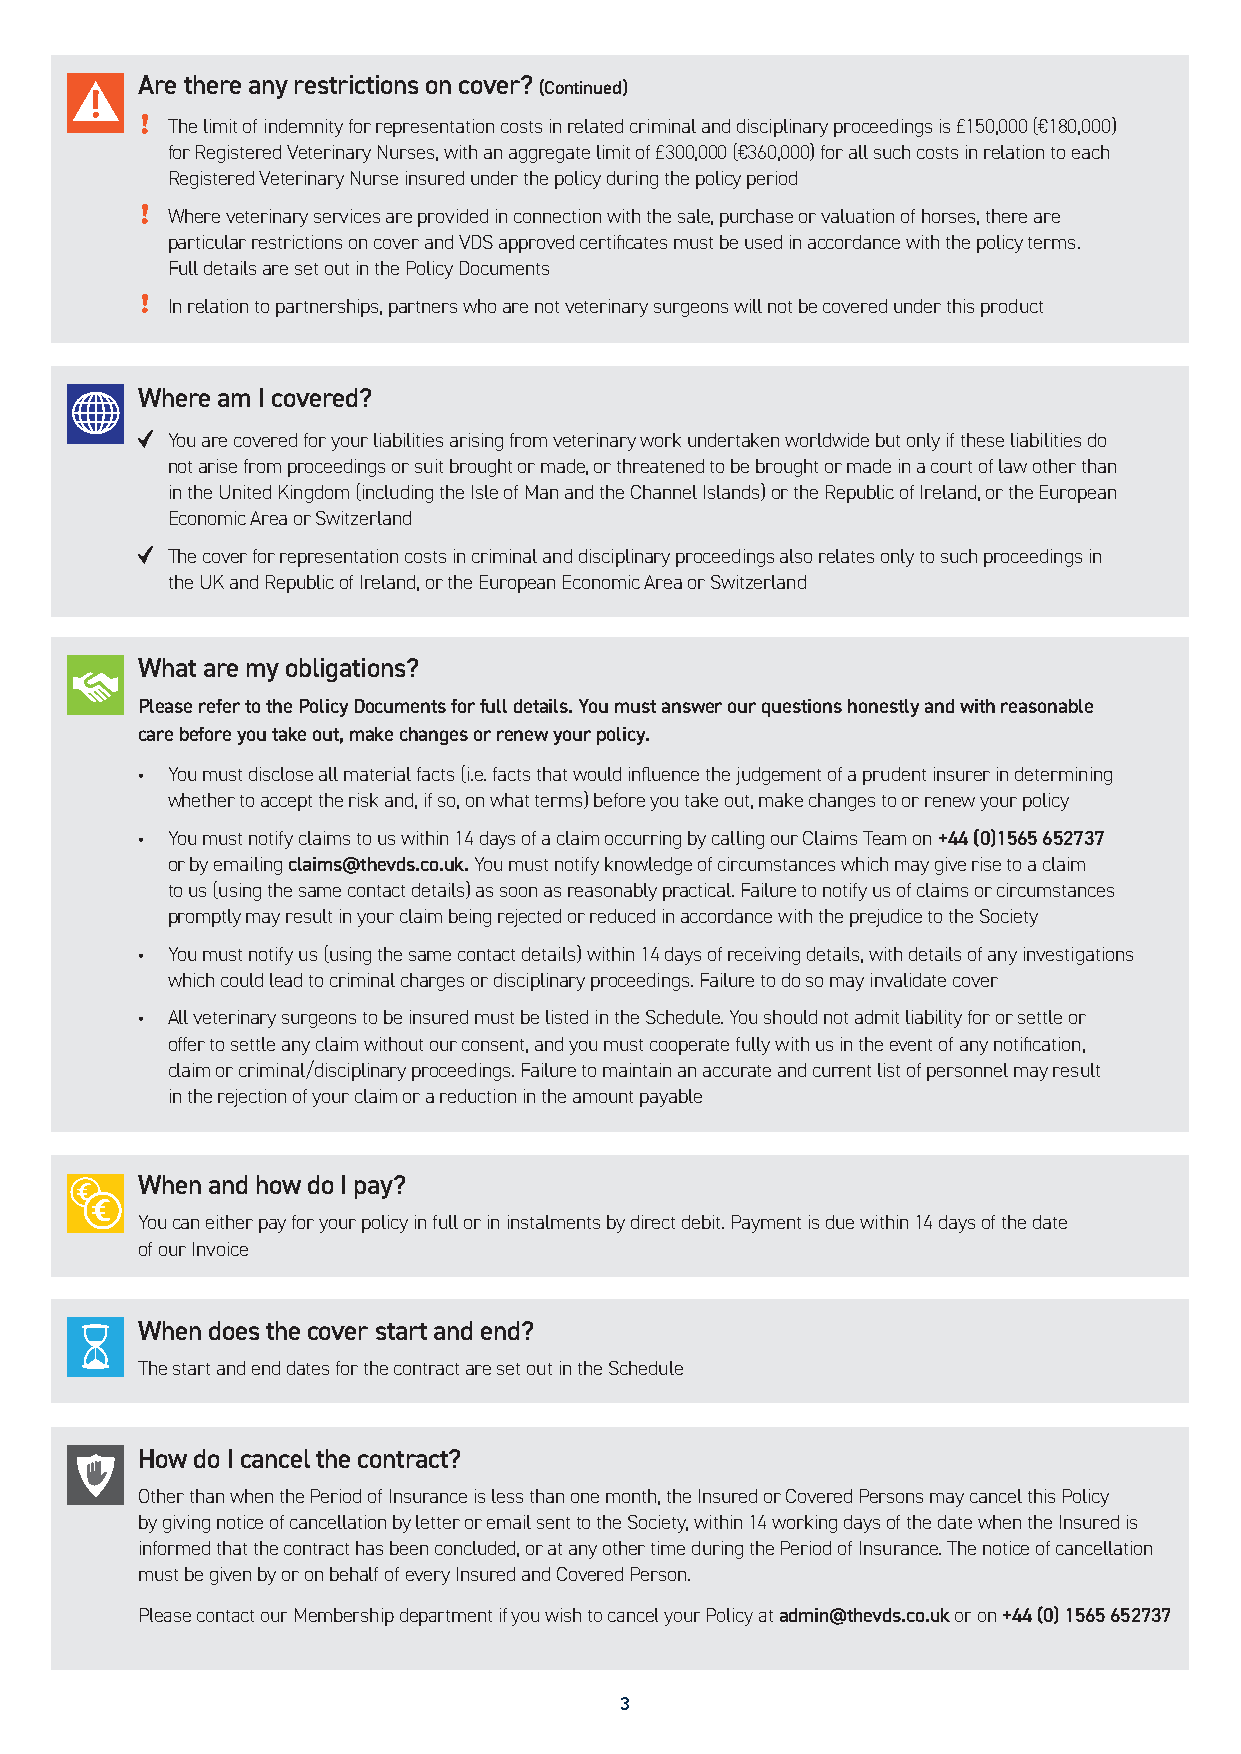
Are there any restrictions on cover? (Continued)
 The limit of indemnity for representation costs in related criminal and disciplinary proceedings is £150,000 (€180,000)
 for Registered Veterinary Nurses, with an aggregate limit of £300,000 (€360,000) for all such costs in relation to each
 Registered Veterinary Nurse insured under the policy during the policy period
 Where veterinary services are provided in connection with the sale, purchase or valuation of horses, there are
 particular restrictions on cover and VDS approved certificates must be used in accordance with the policy terms.
 Full details are set out in the Policy Documents
 In relation to partnerships, partners who are not veterinary surgeons will not be covered under this product
 Where am I covered?
 You are covered for your liabilities arising from veterinary work undertaken worldwide but only if these liabilities do
 not arise from proceedings or suit brought or made, or threatened to be brought or made in a court of law other than
 in the United Kingdom (including the Isle of Man and the Channel Islands) or the Republic of Ireland, or the European
 Economic Area or Switzerland
 The cover for representation costs in criminal and disciplinary proceedings also relates only to such proceedings in
 the UK and Republic of Ireland, or the European Economic Area or Switzerland
 What are my obligations?
 Please refer to the Policy Documents for full details. You must answer our questions honestly and with reasonable
 care before you take out, make changes or renew your policy.
 • You must disclose all material facts (i.e. facts that would influence the judgement of a prudent insurer in determining
 whether to accept the risk and, if so, on what terms) before you take out, make changes to or renew your policy
 • You must notify claims to us within 14 days of a claim occurring by calling our Claims Team on +44 (0)1565 652737
 or by emailing claims@thevds.co.uk. You must notify knowledge of circumstances which may give rise to a claim
 to us (using the same contact details) as soon as reasonably practical. Failure to notify us of claims or circumstances
 promptly may result in your claim being rejected or reduced in accordance with the prejudice to the Society
 • You must notify us (using the same contact details) within 14 days of receiving details, with details of any investigations
 which could lead to criminal charges or disciplinary proceedings. Failure to do so may invalidate cover
 • All veterinary surgeons to be insured must be listed in the Schedule. You should not admit liability for or settle or
 offer to settle any claim without our consent, and you must cooperate fully with us in the event of any notification,
 claim or criminal/disciplinary proceedings. Failure to maintain an accurate and current list of personnel may result
 in the rejection of your claim or a reduction in the amount payable
 When and how do I pay?
 You can either pay for your policy in full or in instalments by direct debit. Payment is due within 14 days of the date
 of our Invoice
 When does the cover start and end?
 The start and end dates for the contract are set out in the Schedule
 How do I cancel the contract?
 Other than when the Period of Insurance is less than one month, the Insured or Covered Persons may cancel this Policy
 by giving notice of cancellation by letter or email sent to the Society, within 14 working days of the date when the Insured is
 informed that the contract has been concluded, or at any other time during the Period of Insurance. The notice of cancellation
 must be given by or on behalf of every Insured and Covered Person.
 Please contact our Membership department if you wish to cancel your Policy at admin@thevds.co.uk or on +44 (0) 1565 652737
 3